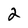
Character: 2